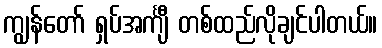
ကျွန်တော် ရှပ်အင်္ကျီ တစ်ထည်လိုချင်ပါတယ်။